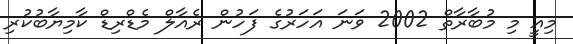
މިއީ މި މުބާރާތް 2002 ވަނަ އަހަރުގެ ފަހުން ރެއާލް މެޑްރިޑް ކާމިޔާބުކުރި